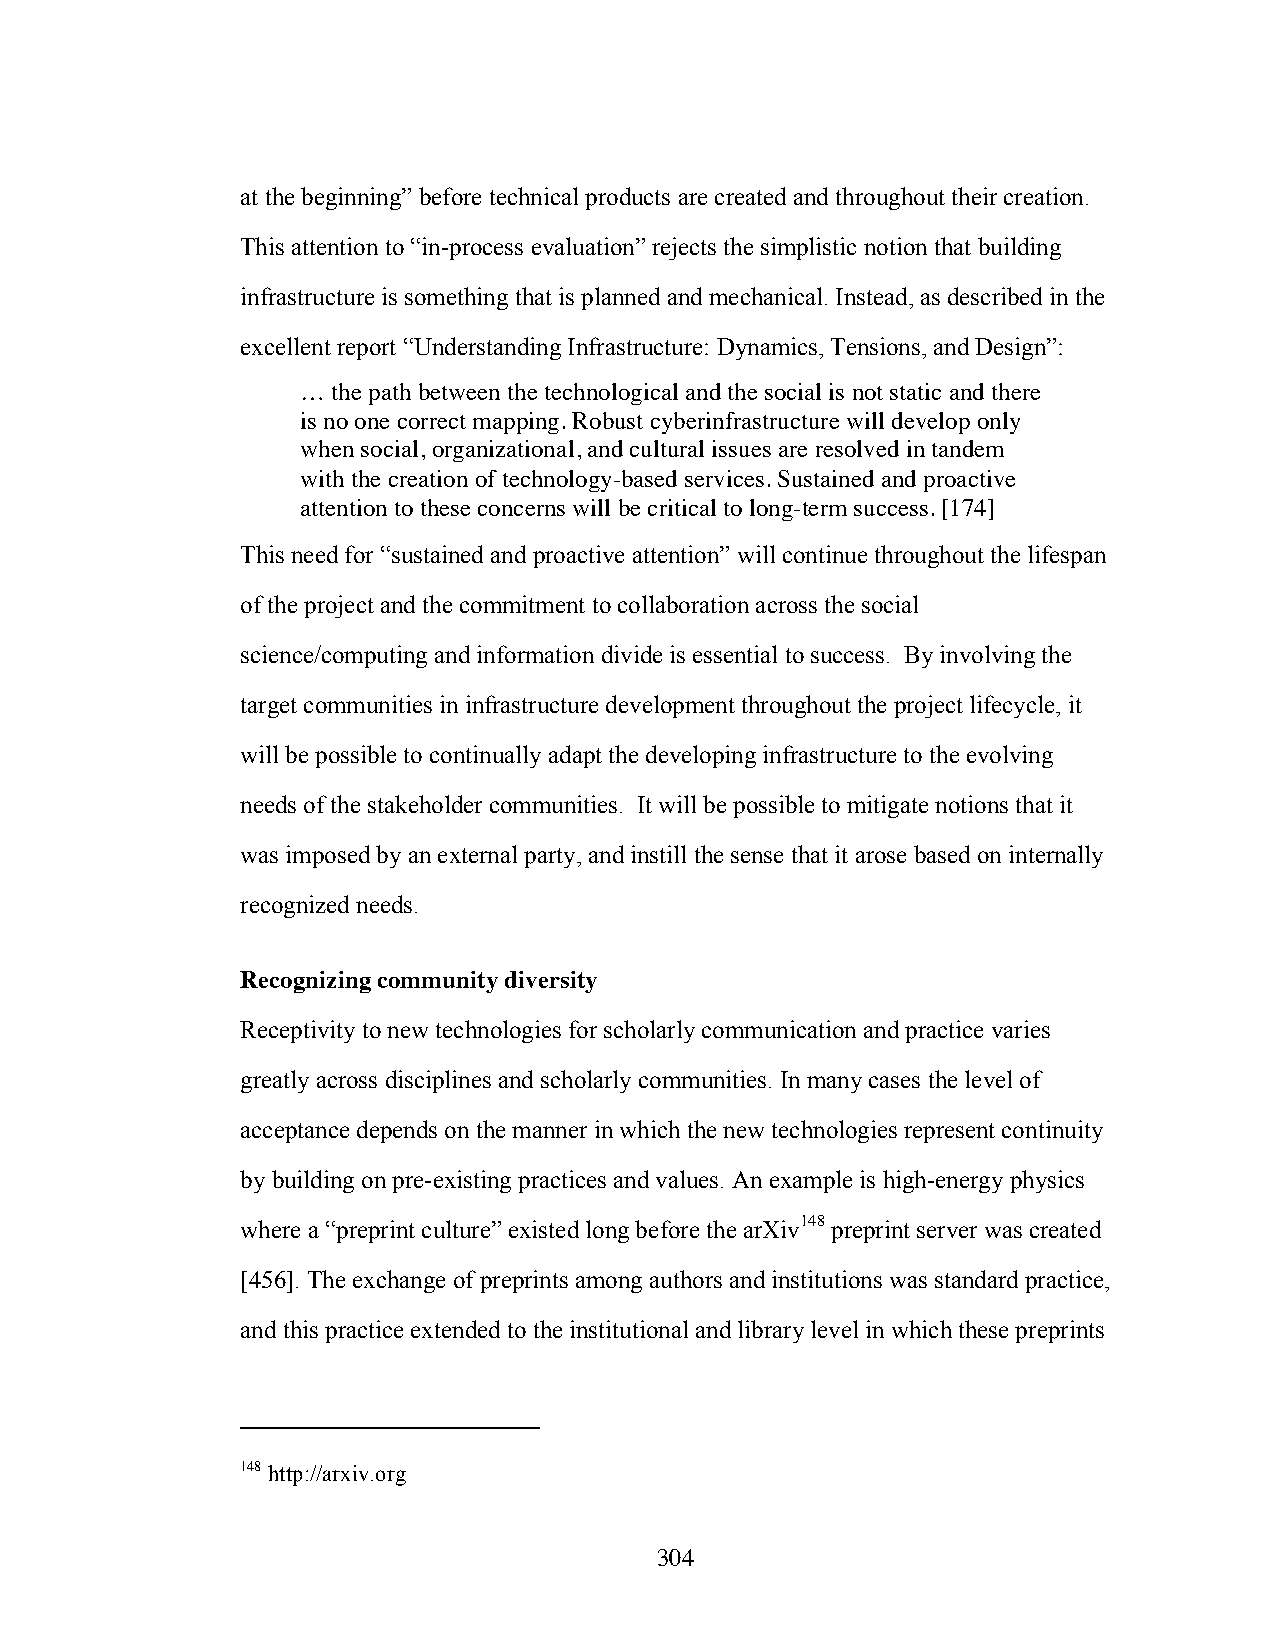
at the beginning” before technical products are created and throughout their creation.
 This attention to “in-process evaluation” rejects the simplistic notion that building
 infrastructure is something that is planned and mechanical. Instead, as described in the
 excellent report “Understanding Infrastructure: Dynamics, Tensions, and Design”:
 … the path between the technological and the social is not static and there
 is no one correct mapping. Robust cyberinfrastructure will develop only
 when social, organizational, and cultural issues are resolved in tandem
 with the creation of technology-based services. Sustained and proactive
 attention to these concerns will be critical to long-term success. [174]
 This need for “sustained and proactive attention” will continue throughout the lifespan
 of the project and the commitment to collaboration across the social
 science/computing and information divide is essential to success. By involving the
 target communities in infrastructure development throughout the project lifecycle, it
 will be possible to continually adapt the developing infrastructure to the evolving
 needs of the stakeholder communities. It will be possible to mitigate notions that it
 was imposed by an external party, and instill the sense that it arose based on internally
 recognized needs.
 Recognizing community diversity
 Receptivity to new technologies for scholarly communication and practice varies
 greatly across disciplines and scholarly communities. In many cases the level of
 acceptance depends on the manner in which the new technologies represent continuity
 by building on pre-existing practices and values. An example is high-energy physics
 where a “preprint culture” existed long before the arXiv148 preprint server was created
 [456]. The exchange of preprints among authors and institutions was standard practice,
 and this practice extended to the institutional and library level in which these preprints
 148 http://arxiv.org
 304